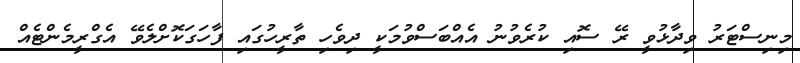
މިނިސްޓަރު ވިދާޅުވީ ރޭ ސޮއި ކުރެވުނު އެއްބަސްވުމަކީ ދިވެހި ތާރީހުގައި ފާހަގަކޮށްލެވޭ އެގްރީމެންޓެއް